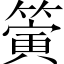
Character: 𥳄